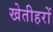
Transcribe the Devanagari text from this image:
खेतीहरों